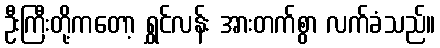
ဦးကြီးတို့ကတော့ ရွှင်လန်း အားတက်စွာ လက်ခံသည်။